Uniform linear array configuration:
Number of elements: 12
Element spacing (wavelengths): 0.25
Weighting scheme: hamming
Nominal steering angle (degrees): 60
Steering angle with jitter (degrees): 58.429
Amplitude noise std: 0.05
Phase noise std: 0.05

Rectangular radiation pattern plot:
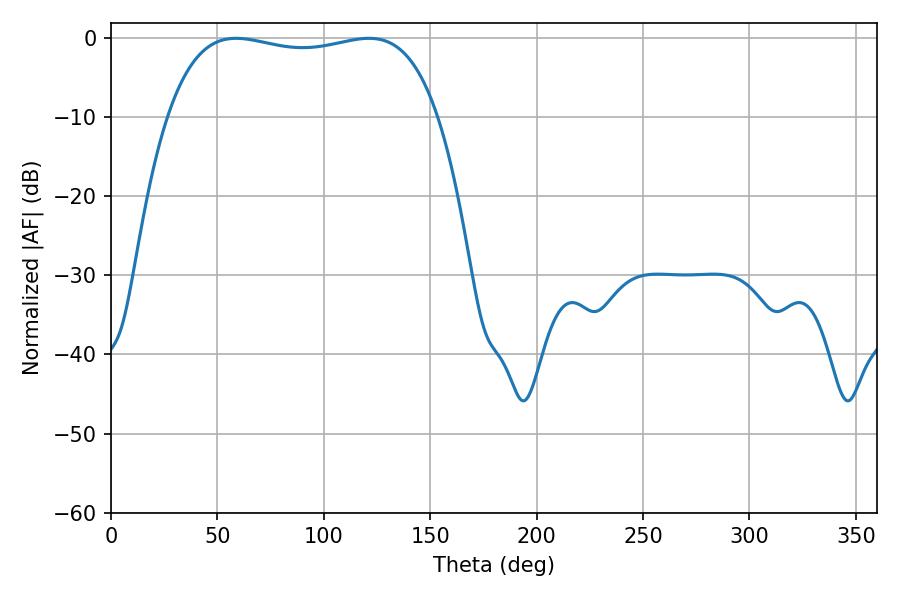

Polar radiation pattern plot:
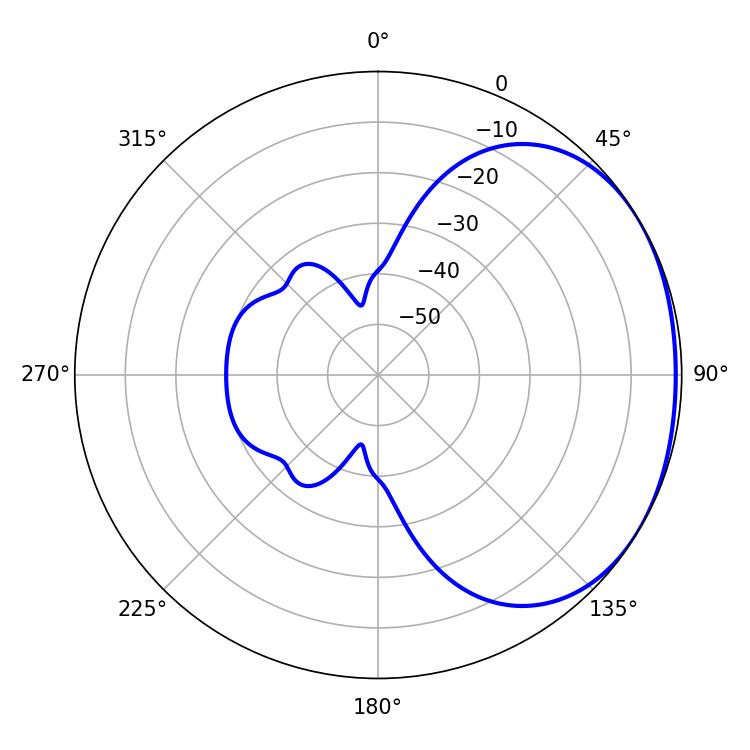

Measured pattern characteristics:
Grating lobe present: FALSE
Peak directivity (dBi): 1.519
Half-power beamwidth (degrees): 102.6
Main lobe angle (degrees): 58.68